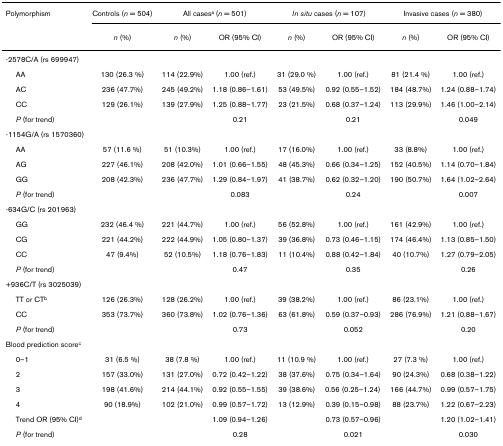
<table><thead><tr><td><b>Polymorphism</b></td><td><b>Controls (<i>n </i>= 504)</b></td><td colspan="2"><b>All cases<sup>a </sup>(<i>n </i>= 501)</b></td><td colspan="2"><b><i>In situ </i>cases (<i>n </i>= 107)</b></td><td colspan="2"><b>Invasive cases (<i>n </i>= 380)</b></td></tr><tr><td>[EMPTY_CELL]</td><td><b><i>n </i>(%)</b></td><td><b><i>n </i>(%)</b></td><td><b>OR (95% CI)</b></td><td><b><i>n </i>(%)</b></td><td><b>OR (95% CI)</b></td><td><b><i>n </i>(%)</b></td><td><b>OR (95% CI)</b></td></tr></thead><tbody><tr><td colspan="8">-2578C/A (rs 699947)</td></tr><tr><td> AA</td><td>130 (26.3 %)</td><td>114 (22.9%)</td><td>1.00 (ref.)</td><td>31 (29.0 %)</td><td>1.00 (ref.)</td><td>81 (21.4 %)</td><td>1.00 (ref.)</td></tr><tr><td> AC</td><td>236 (47.7%)</td><td>245 (49.2%)</td><td>1.18 (0.86–1.61)</td><td>53 (49.5%)</td><td>0.92 (0.55–1.52)</td><td>184 (48.7%)</td><td>1.24 (0.88–1.74)</td></tr><tr><td> CC</td><td>129 (26.1%)</td><td>139 (27.9%)</td><td>1.25 (0.88–1.77)</td><td>23 (21.5%)</td><td>0.68 (0.37–1.24)</td><td>113 (29.9%)</td><td>1.46 (1.00–2.14)</td></tr><tr><td> <i>P </i>(for trend)</td><td>[EMPTY_CELL]</td><td>[EMPTY_CELL]</td><td>0.21</td><td>[EMPTY_CELL]</td><td>0.21</td><td>[EMPTY_CELL]</td><td>0.049</td></tr><tr><td colspan="8">-1154G/A (rs 1570360)</td></tr><tr><td> AA</td><td>57 (11.6 %)</td><td>51 (10.3%)</td><td>1.00 (ref.)</td><td>17 (16.0%)</td><td>1.00 (ref.)</td><td>33 (8.8%)</td><td>1.00 (ref.)</td></tr><tr><td> AG</td><td>227 (46.1%)</td><td>208 (42.0%)</td><td>1.01 (0.66–1.55)</td><td>48 (45.3%)</td><td>0.66 (0.34–1.25)</td><td>152 (40.5%)</td><td>1.14 (0.70–1.84)</td></tr><tr><td> GG</td><td>208 (42.3%)</td><td>236 (47.7%)</td><td>1.29 (0.84–1.97)</td><td>41 (38.7%)</td><td>0.62 (0.32–1.20)</td><td>190 (50.7%)</td><td>1.64 (1.02–2.64)</td></tr><tr><td> <i>P </i>(for trend)</td><td>[EMPTY_CELL]</td><td>[EMPTY_CELL]</td><td>0.083</td><td>[EMPTY_CELL]</td><td>0.24</td><td>[EMPTY_CELL]</td><td>0.007</td></tr><tr><td colspan="8">-634G/C (rs 201963)</td></tr><tr><td> GG</td><td>232 (46.4 %)</td><td>221 (44.7%)</td><td>1.00 (ref.)</td><td>56 (52.8%)</td><td>1.00 (ref.)</td><td>161 (42.9%)</td><td>1.00 (ref.)</td></tr><tr><td> CG</td><td>221 (44.2%)</td><td>222 (44.9%)</td><td>1.05 (0.80–1.37)</td><td>39 (36.8%)</td><td>0.73 (0.46–1.15)</td><td>174 (46.4%)</td><td>1.13 (0.85–1.50)</td></tr><tr><td> CC</td><td>47 (9.4%)</td><td>52 (10.5%)</td><td>1.18 (0.76–1.83)</td><td>11 (10.4%)</td><td>0.88 (0.42–1.84)</td><td>40 (10.7%)</td><td>1.27 (0.79–2.05)</td></tr><tr><td> <i>P </i>(for trend)</td><td>[EMPTY_CELL]</td><td>[EMPTY_CELL]</td><td>0.47</td><td>[EMPTY_CELL]</td><td>0.35</td><td>[EMPTY_CELL]</td><td>0.26</td></tr><tr><td colspan="8">+936C/T (rs 3025039)</td></tr><tr><td> TT or CT<sup>b</sup></td><td>126 (26.3%)</td><td>128 (26.2%)</td><td>1.00 (ref.)</td><td>39 (38.2%)</td><td>1.00 (ref.)</td><td>86 (23.1%)</td><td>1.00 (ref.)</td></tr><tr><td> CC</td><td>353 (73.7%)</td><td>360 (73.8%)</td><td>1.02 (0.76–1.36)</td><td>63 (61.8%)</td><td>0.59 (0.37–0.93)</td><td>286 (76.9%)</td><td>1.21 (0.88–1.67)</td></tr><tr><td> <i>P </i>(for trend)</td><td>[EMPTY_CELL]</td><td>[EMPTY_CELL]</td><td>0.73</td><td>[EMPTY_CELL]</td><td>0.052</td><td>[EMPTY_CELL]</td><td>0.20</td></tr><tr><td colspan="8">Blood prediction score<sup>c</sup></td></tr><tr><td> 0–1</td><td>31 (6.5 %)</td><td>38 (7.8 %)</td><td>1.00 (ref.)</td><td>11 (10.9 %)</td><td>1.00 (ref.)</td><td>27 (7.3 %)</td><td>1.00 (ref.)</td></tr><tr><td> 2</td><td>157 (33.0%)</td><td>131 (27.0%)</td><td>0.72 (0.42–1.22)</td><td>38 (37.6%)</td><td>0.75 (0.34–1.64)</td><td>90 (24.3%)</td><td>0.68 (0.38–1.22)</td></tr><tr><td> 3</td><td>198 (41.6%)</td><td>214 (44.1%)</td><td>0.92 (0.55–1.55)</td><td>39 (38.6%)</td><td>0.56 (0.25–1.24)</td><td>166 (44.7%)</td><td>0.99 (0.57–1.75)</td></tr><tr><td> 4</td><td>90 (18.9%)</td><td>102 (21.0%)</td><td>0.99 (0.57–1.72)</td><td>13 (12.9%)</td><td>0.39 (0.15–0.98)</td><td>88 (23.7%)</td><td>1.22 (0.67–2.23)</td></tr><tr><td> Trend OR (95% CI)<sup>d</sup></td><td>[EMPTY_CELL]</td><td>[EMPTY_CELL]</td><td>1.09 (0.94–1.26)</td><td>[EMPTY_CELL]</td><td>0.73 (0.57–0.96)</td><td>[EMPTY_CELL]</td><td>1.20 (1.02–1.41)</td></tr><tr><td> <i>P </i>(for trend)</td><td>[EMPTY_CELL]</td><td>[EMPTY_CELL]</td><td>0.28</td><td>[EMPTY_CELL]</td><td>0.021</td><td>[EMPTY_CELL]</td><td>0.030</td></tr></tbody></table>